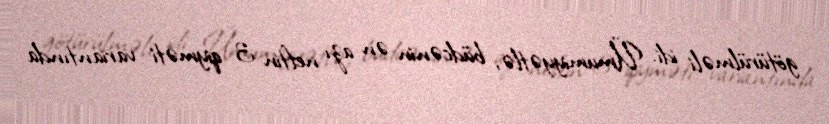
götürülməli idi. Ümumiyyətlə, büdcənin ən azı neftin 3 qiyməti variantında